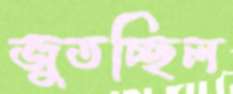
জুতচ্ছিল